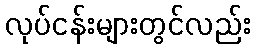
လုပ်ငန်းများတွင်လည်း